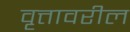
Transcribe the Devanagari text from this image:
वृत्तावरील